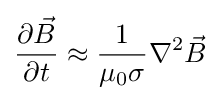
{\frac {\partial {\vec {B}}}{\partial t}}\approx {\frac {1}{\mu _{0}\sigma }}\nabla ^{2}{\vec {B}}